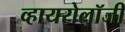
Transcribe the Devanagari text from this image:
व्हायरोलॉजी